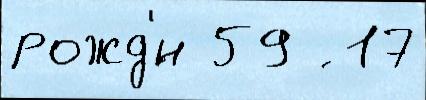
рожд'́н 59 ́ 17